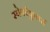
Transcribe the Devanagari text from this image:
स्पेक्टेकुलर्स